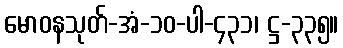
မောဝနသုတ်-အံ-၁၀-ပါ-၄၃၁၊ ဋ္ဌ-၃၃၅။